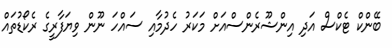
ބޭންކް ޓެކްސް އަދި އިންޝޫރެންސްއަށް މަކަރު ހެދުމާއި ސައްހަ ނޫން ވިޔަފާރީގެ ރެކޯޑުތައް